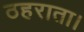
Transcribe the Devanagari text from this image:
ठहराता।